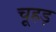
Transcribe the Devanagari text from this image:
चूहड़